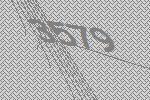
3579